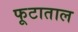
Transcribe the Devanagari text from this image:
फूटाताल